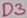
Text: D3